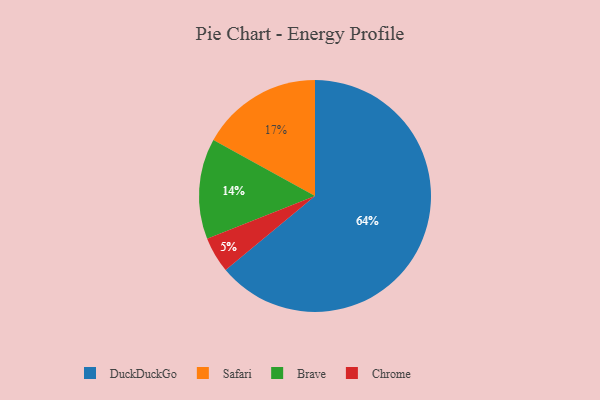
{"axis": {"x": "Category", "y": "Percentage"}, "legend": ["Brave", "Chrome", "DuckDuckGo", "Safari"], "data": [{"x": "Brave", "y": 14, "type": "Brave"}, {"x": "DuckDuckGo", "y": 64, "type": "DuckDuckGo"}, {"x": "Safari", "y": 17, "type": "Safari"}, {"x": "Chrome", "y": 5, "type": "Chrome"}]}